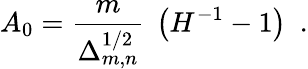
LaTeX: A_{0}=\frac{m}{\Delta_{m,n}^{1/2}}~\left({H}^{-1}-1\right)~~.